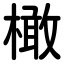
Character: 橄